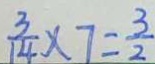
\frac { 3 } { 1 4 } \times 7 = \frac { 3 } { 2 }